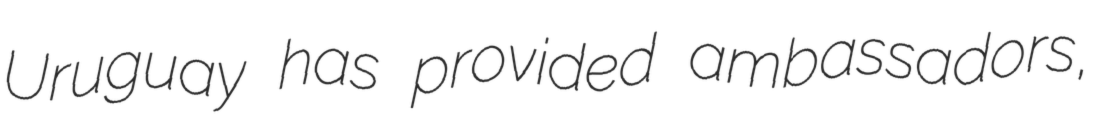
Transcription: Uruguay has provided ambassadors,